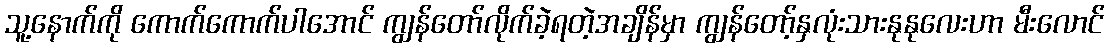
သူ့နောက်ကို ကောက်ကောက်ပါအောင် ကျွန်တော်လိုက်ခဲ့ရတဲ့အချိန်မှာ ကျွန်တော့်နှလုံးသားနုနုလေးဟာ မီးလောင်